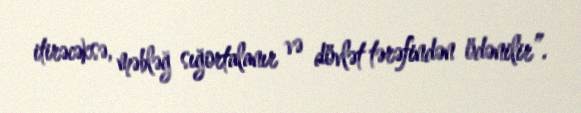
itirəcəksə, məbləğ sığortalanır və dövlət tərəfindən ödənilir”.